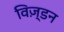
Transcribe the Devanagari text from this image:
विज़्डन